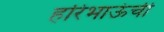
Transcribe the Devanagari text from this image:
हरिभाऊंची